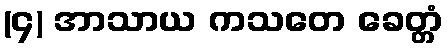
(၄) အာသာယ ကသတေ ခေတ္တံ